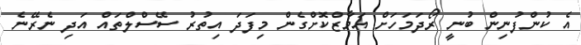
އެ ކުންފުނިން ބުނީ ރޯދަމަހަށް އަމާޒްކޮށްގެން މިފަދަ އިތުރު ސޭސްލްތައް އަދި ނެރޭނެ